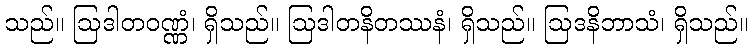
သည်။ ဩဒါတဝဏ္ဏံ၊ ရှိသည်။ ဩဒါတနိတဿနံ၊ ရှိသည်။ ဩဒနိဘာသံ၊ ရှိသည်။